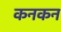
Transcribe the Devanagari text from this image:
कनकन